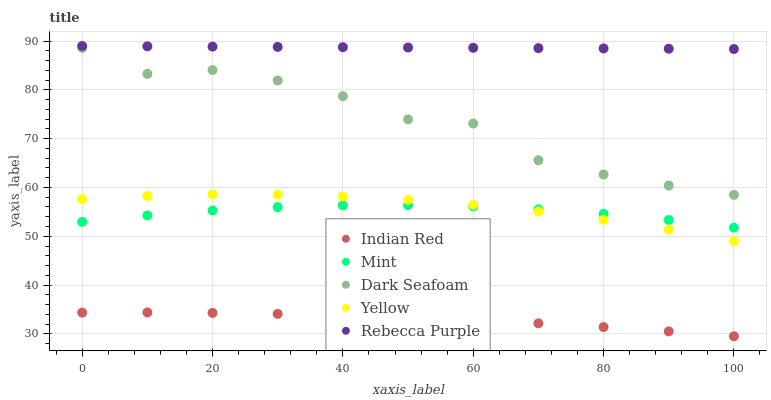
| xaxis_label | Indian Red | Mint | Dark Seafoam | Yellow | Rebecca Purple |
 | --- | --- | --- | --- | --- | --- |
 | 0 | 34.3 | 52.9 | 88.6 | 57.6 | 89 |
 | 10 | 34.4 | 54.3 | 83.3 | 58.2 | 88.9 |
 | 20 | 34.3 | 55.3 | 84.1 | 58.6 | 88.9 |
 | 30 | 34.1 | 56 | 81.9 | 58.5 | 88.8 |
 | 40 | 33.8 | 56.3 | 78.7 | 58.2 | 88.8 |
 | 50 | 33.3 | 56.4 | 74 | 57.5 | 88.7 |
 | 60 | 32.8 | 56.1 | 73.1 | 56.4 | 88.6 |
 | 70 | 32.2 | 55.5 | 65.6 | 55.1 | 88.6 |
 | 80 | 31.4 | 54.6 | 62.7 | 53.4 | 88.5 |
 | 90 | 30.5 | 53.3 | 60.4 | 51.4 | 88.4 |
 | 100 | 29.5 | 51.8 | 58.5 | 49 | 88.4 |